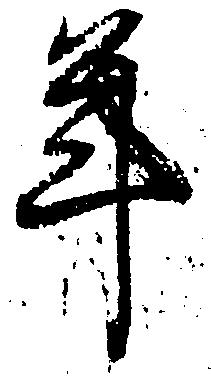
年